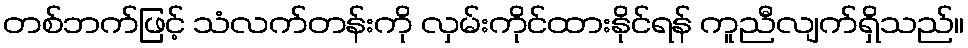
တစ်ဘက်ဖြင့် သံလက်တန်းကို လှမ်းကိုင်ထားနိုင်ရန် ကူညီလျက်ရှိသည်။